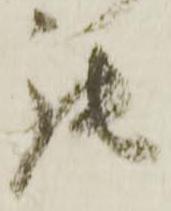
罷